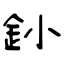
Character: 釥